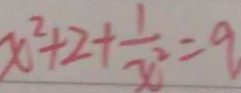
x ^ { 2 } + 2 + \frac { 1 } { x ^ { 2 } } = 9